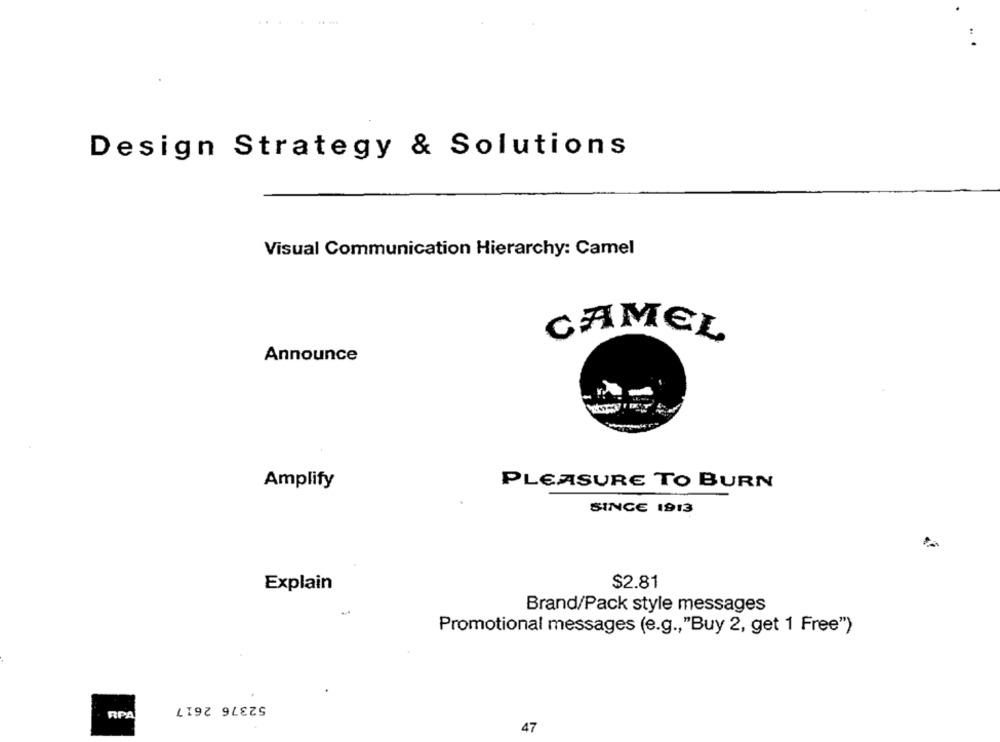
Design Strategy & Solutions
Visual Communication Hierarchy: Camel
CAMEL
Announce
Amplify
PLEASURE TO BURN
SINCE 1913
Explain
$2.81
Brand/Pack style messages
Promotional messages (e.g ., "Buy 2, get 1 Free")
52376 2617
RPA
47